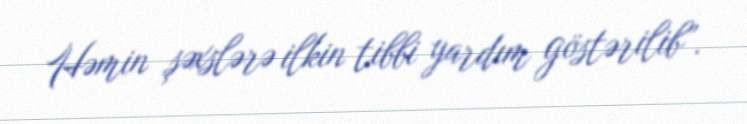
Həmin şəxslərə ilkin tibbi yardım göstərilib”.